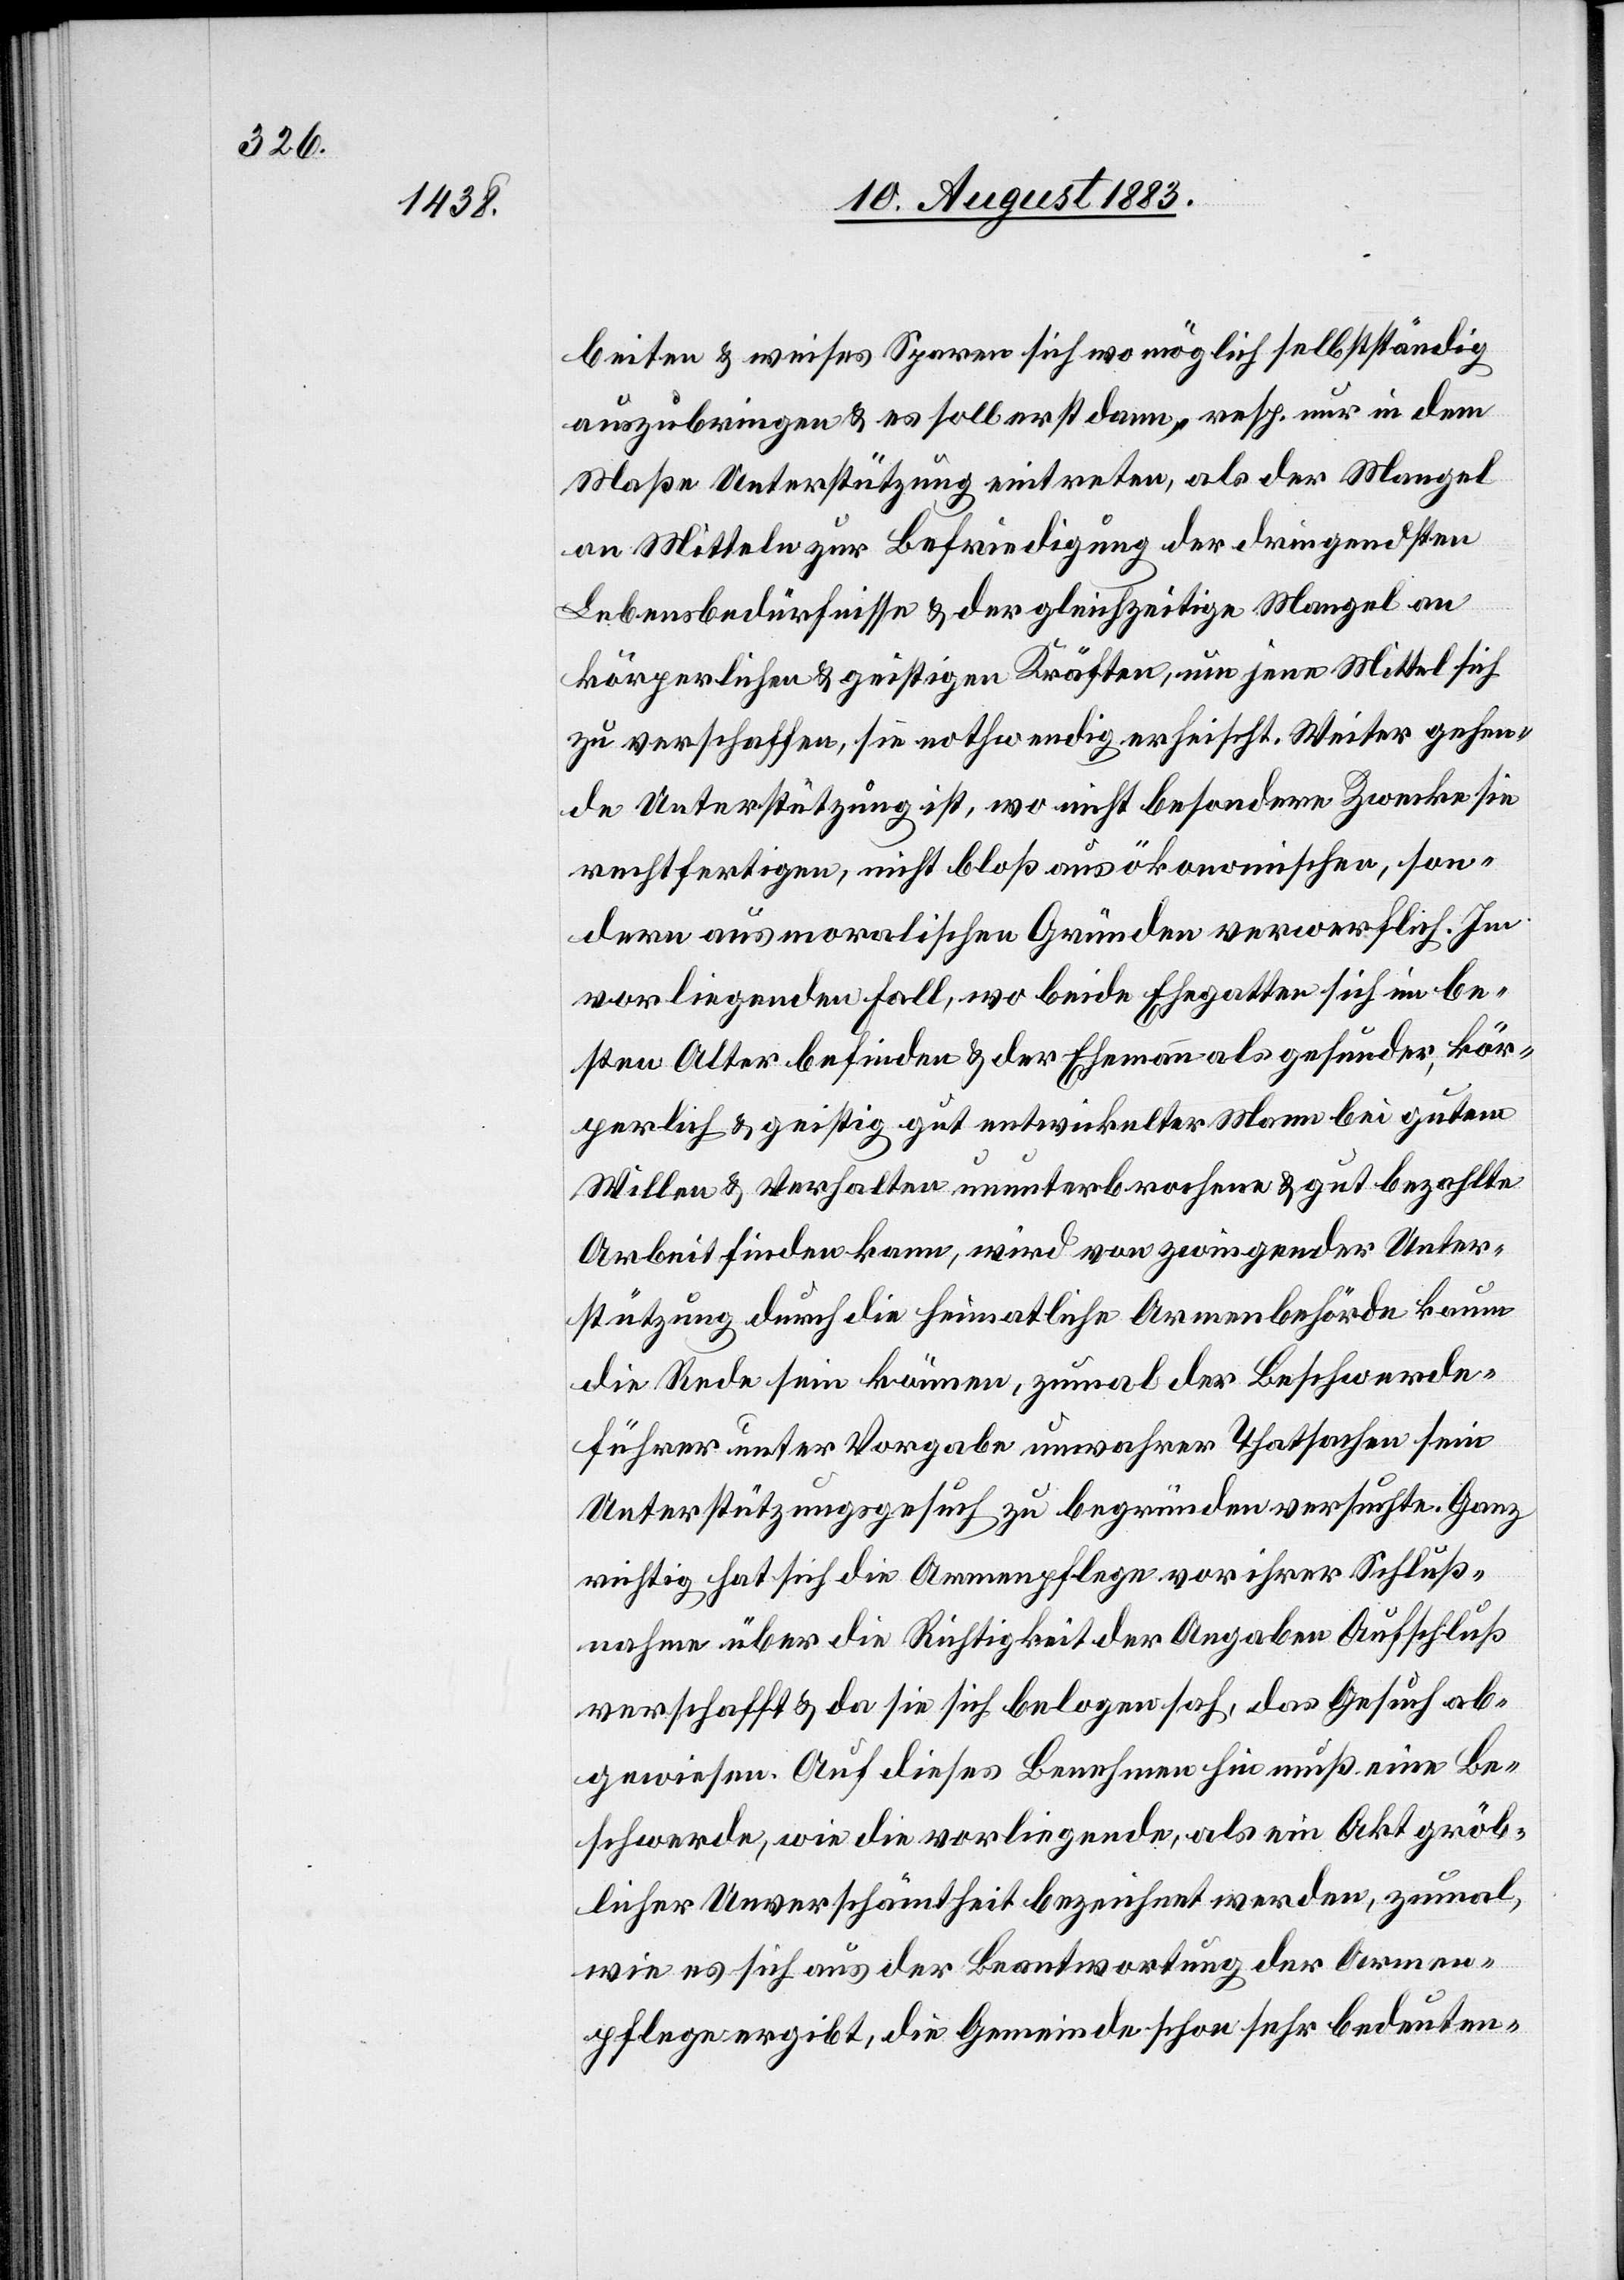
beiten & weises Sparen sich wo möglich selbstständig
auszubringen & es soll erst dann, resp. nur in dem
Maße Unterstützung eintreten, als der Mangel
an Mitteln zur Befriedigung der dringendsten
Lebensbedürfnisse & der gleichzeitige Mangel an
körperlichen & geistigen Kräften, um jene Mittel sich
zu verschaffen, sie nothwendig erheischt. Weiter gehen¬
de Unterstützung ist, wo nicht besondere Zwecke sie
rechtfertigen, nicht bloß aus ökonomischen, son¬
dern aus moralischen Gründen verwerflich. Im
vorliegenden Fall, wo beide Ehegatten sich im be¬
sten Alter befinden & der Ehemann als gesunder, kör¬
perlich & geistig gut entwickelter Mann bei gutem
Willen & Verhalten ununterbrochene & gut bezahlte
Arbeit finden kann, wird von zwingender Unter¬
stützung durch die heimatliche Armenbehörde kaum
die Rede sein können, zumal der Beschwerde¬
führer unter Vorgabe unwahrer Thatsachen sein
Unterstützungsgesuch zu begründen versuchte. Ganz
richtig hat sich die Armenpflege vor ihrer Schluß¬
nahme über die Richtigkeit der Angaben Aufschluß
verschafft & da sie sich belogen sah, das Gesuch ab¬
gewiesen. Auf dieses Benehmen hin muß eine Be¬
schwerde, wie die vorliegende, als ein Akt gröb¬
licher Unverschämtheit bezeichnet werden, zumal,
wie es sich aus der Beantwortung der Armen¬
pflege ergibt, die Gemeinde schon sehr bedeuten-